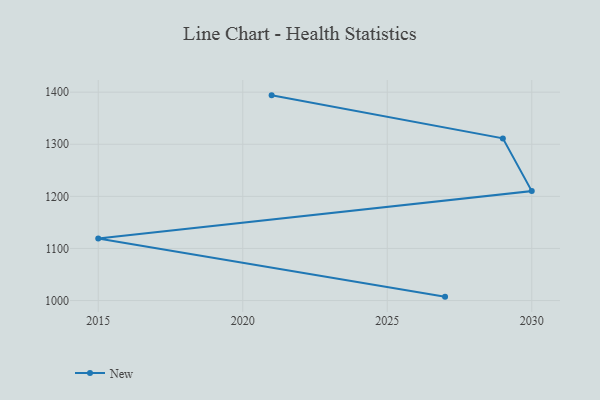
{"axis": {"x": "Year", "y": "Gross Profit (USD K)"}, "legend": ["New"], "data": [{"x": "2021", "y": 1393.9, "type": "New"}, {"x": "2029", "y": 1311.3, "type": "New"}, {"x": "2030", "y": 1210.2, "type": "New"}, {"x": "2015", "y": 1118.9, "type": "New"}, {"x": "2027", "y": 1007.5, "type": "New"}]}